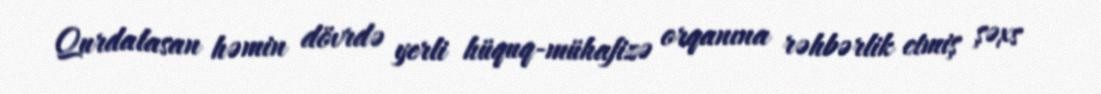
Qurdalasan həmin dövrdə yerli hüquq-mühafizə orqanına rəhbərlik etmiş şəxs